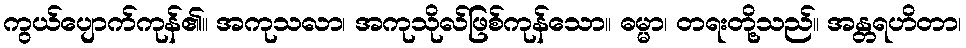
ကွယ်ပျောက်ကုန်၏။ အကုသလာ၊ အကုသိုလ်ဖြစ်ကုန်သော။ ဓမ္မာ၊ တရးတို့သည်။ အန္တရဟိတာ၊